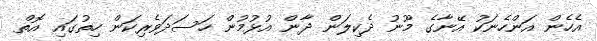
އެހެން އަންހެނަކު އޭނާގެ މޫނު ދެކިލަން ދާން އުޅުމުން ހަސަދަވެރިކަން ހިތުގައި އޮތް